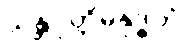
သန္တဝုတ္တိမနုဒ္ဓတံ